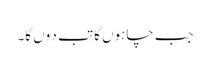
جب چاہوں گا تب د وں گا۔